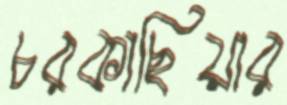
চরকাছিয়ার